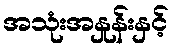
အသုံးအနှုန်းနှင့်